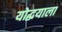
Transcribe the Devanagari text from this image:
योद्धयाला